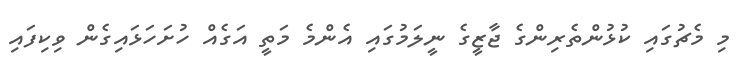
މި މެޗުގައި ކުޅުންތެރިންގެ ޖާޒީގެ ނީލަމުގައި އެންމެ މަތީ އަގެއް ހުށަހަޅައިގެން ވިކިފައި